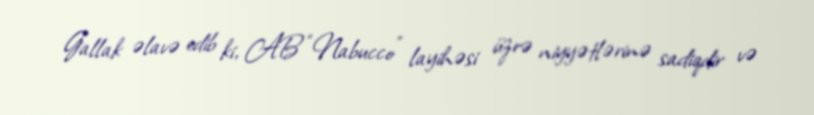
Gallak əlavə edib ki, AB “Nabucco” layihəsi üzrə niyyətlərinə sadiqdir və